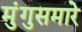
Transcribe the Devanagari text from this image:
मुंगुसमारे